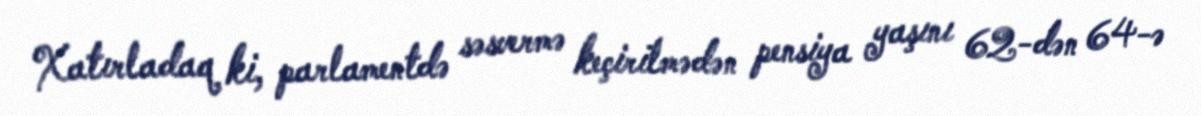
Xatırladaq ki, parlamentdə səsvermə keçirilmədən pensiya yaşını 62-dən 64-ə